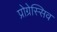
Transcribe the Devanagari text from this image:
प्रोग्रेस्सिव